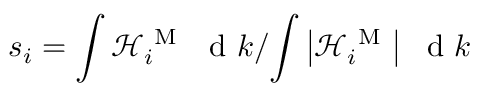
s _ { i } = { \int \mathcal { H } _ { i } ^ { \mathrm { ~ M ~ } } \ \mathrm { ~ d ~ } k } / { \int \left| \mathcal { H } _ { i } ^ { \mathrm { ~ M ~ } } \right| \ \mathrm { ~ d ~ } k }